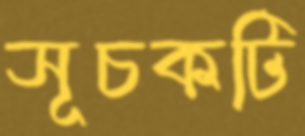
সূচকটি